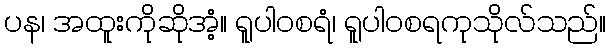
ပန၊ အထူးကိုဆိုအံ့။ ရူပါဝစရံ၊ ရူပါဝစရကုသိုလ်သည်။